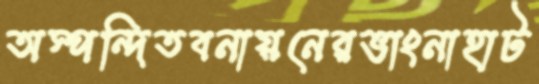
অস্পন্দিতবনায়নেরভাংনাহাট